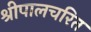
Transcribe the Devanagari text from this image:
श्रीपालचरित